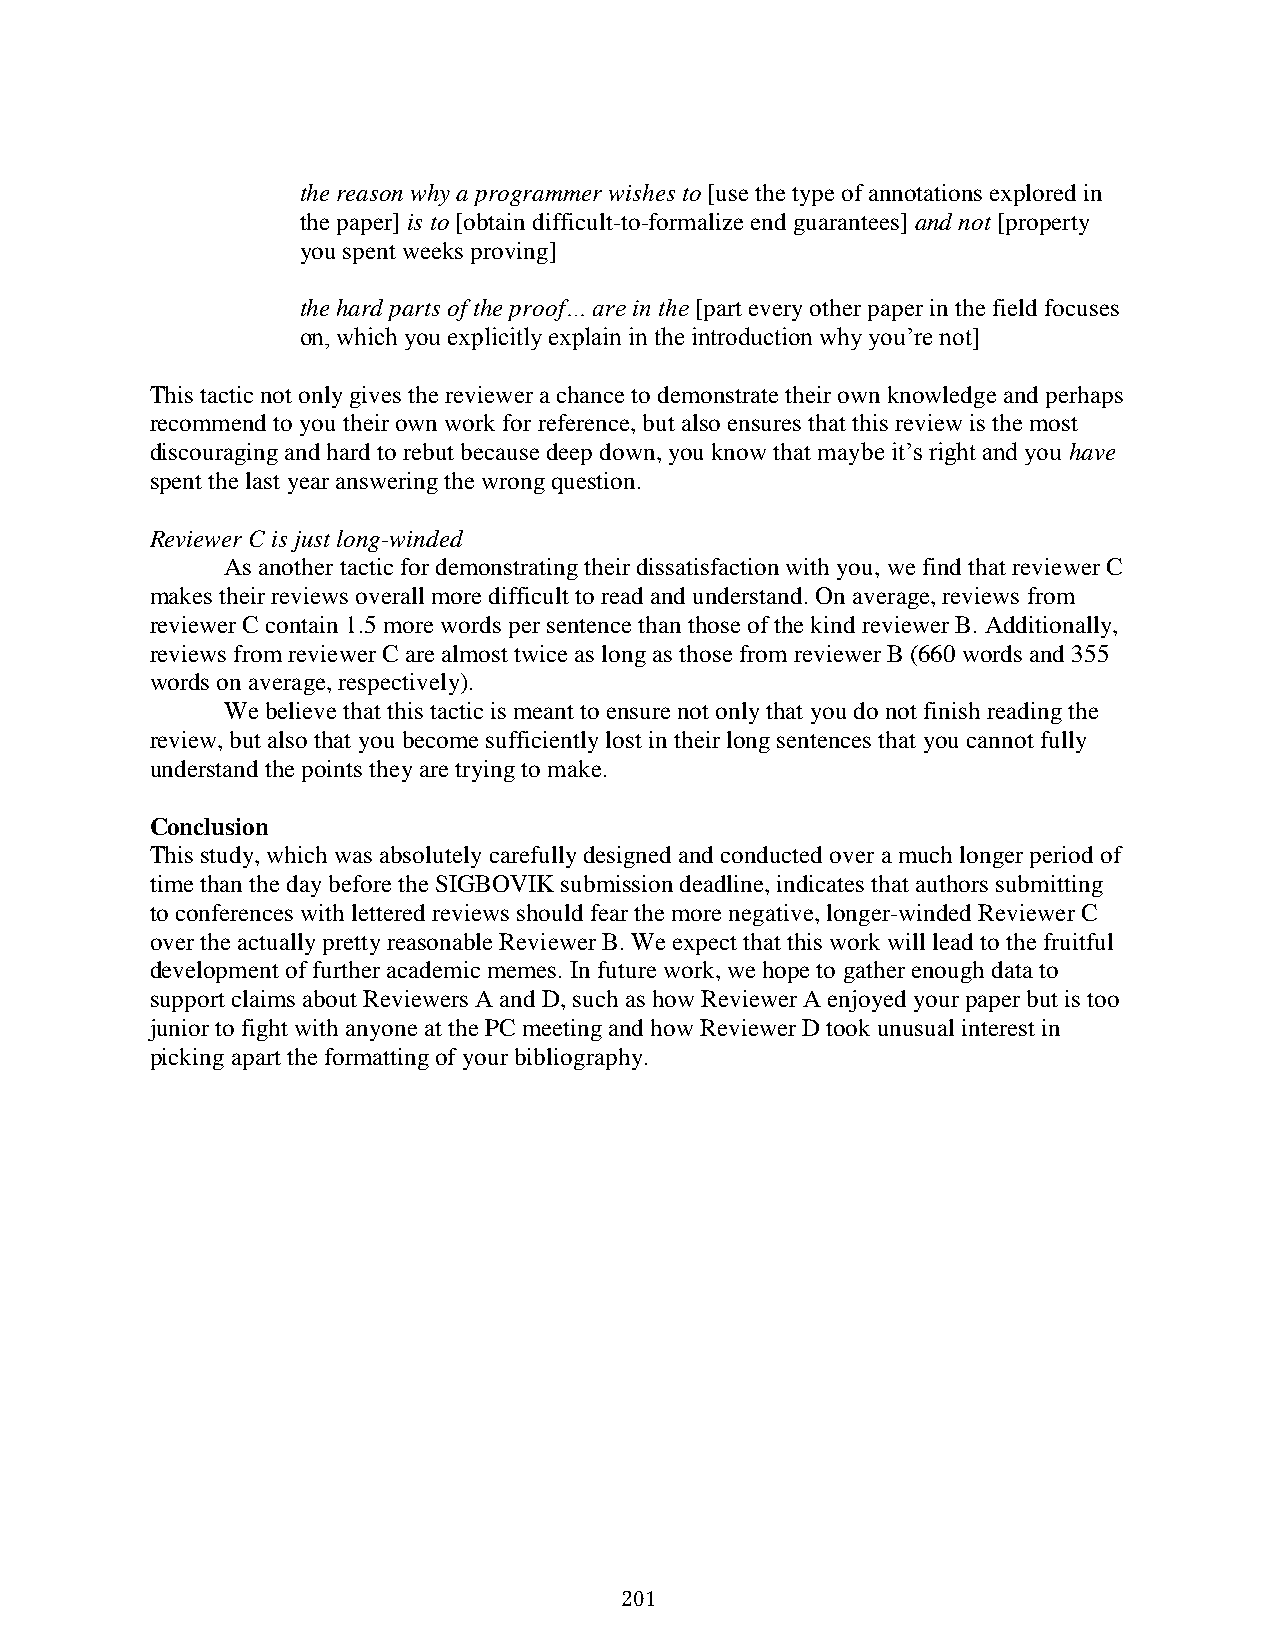
the reason why a programmer wishes to [use the type of annotations explored in
 the paper] is to [obtain difficult-to-formalize end guarantees] and not [property
 you spent weeks proving]
 the hard parts of the proof… are in the [part every other paper in the field focuses
 on, which you explicitly explain in the introduction why you’re not]
 This tactic not only gives the reviewer a chance to demonstrate their own knowledge and perhaps
 recommend to you their own work for reference, but also ensures that this review is the most
 discouraging and hard to rebut because deep down, you know that maybe it’s right and you have
 spent the last year answering the wrong question.
 Reviewer C is just long-winded
 As another tactic for demonstrating their dissatisfaction with you, we find that reviewer C
 makes their reviews overall more difficult to read and understand. On average, reviews from
 reviewer C contain 1.5 more words per sentence than those of the kind reviewer B. Additionally,
 reviews from reviewer C are almost twice as long as those from reviewer B (660 words and 355
 words on average, respectively).
 We believe that this tactic is meant to ensure not only that you do not finish reading the
 review, but also that you become sufficiently lost in their long sentences that you cannot fully
 understand the points they are trying to make.
 Conclusion
 This study, which was absolutely carefully designed and conducted over a much longer period of
 time than the day before the SIGBOVIK submission deadline, indicates that authors submitting
 to conferences with lettered reviews should fear the more negative, longer-winded Reviewer C
 over the actually pretty reasonable Reviewer B. We expect that this work will lead to the fruitful
 development of further academic memes. In future work, we hope to gather enough data to
 support claims about Reviewers A and D, such as how Reviewer A enjoyed your paper but is too
 junior to fight with anyone at the PC meeting and how Reviewer D took unusual interest in
 picking apart the formatting of your bibliography.
 201